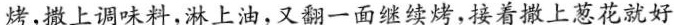
烤，撒上调味料，淋上油，又翻一面继续烤，接着撒上葱花就好